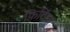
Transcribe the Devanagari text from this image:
फिटिंग्ज